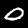
Digit: 0